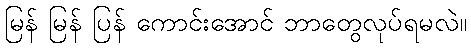
မြန် မြန် ပြန် ကောင်းအောင် ဘာတွေလုပ်ရမလဲ။